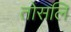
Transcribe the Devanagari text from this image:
तोसलि